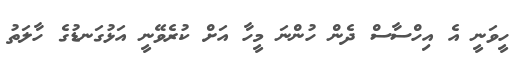
ހީވަނީ އެ އިހްސާސް ދެން ހުންނަ މީހާ އަށް ކުރެވޭނީ އަޅުގަނޑުގެ ހާލަތު